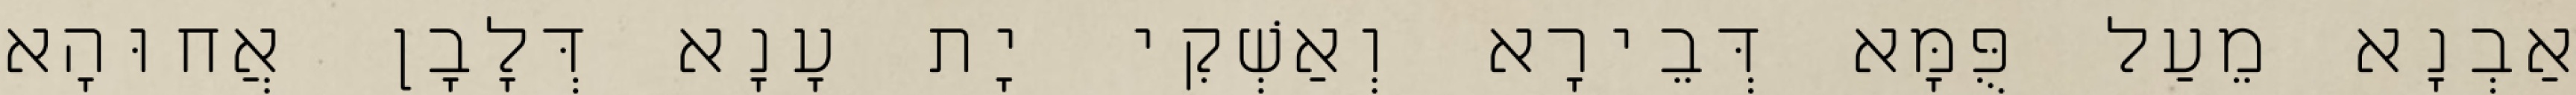
אַבְנָא מֵעַל פֻּמָּא דְּבֵירָא וְאַשְׁקִי יָת עָנָא דְּלָבָן אֲחוּהָא